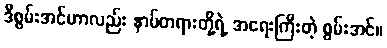
ဒီစွမ်းအင်ဟာလည်း နာမ်တရားတို့ရဲ့ အရေးကြီးတဲ့ စွမ်းအင်။